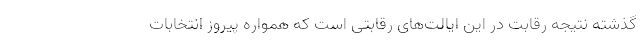
گذشته نتیجه رقابت در این ایالت‌های رقابتی است که همواره پیروز انتخابات